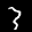
Label: 3